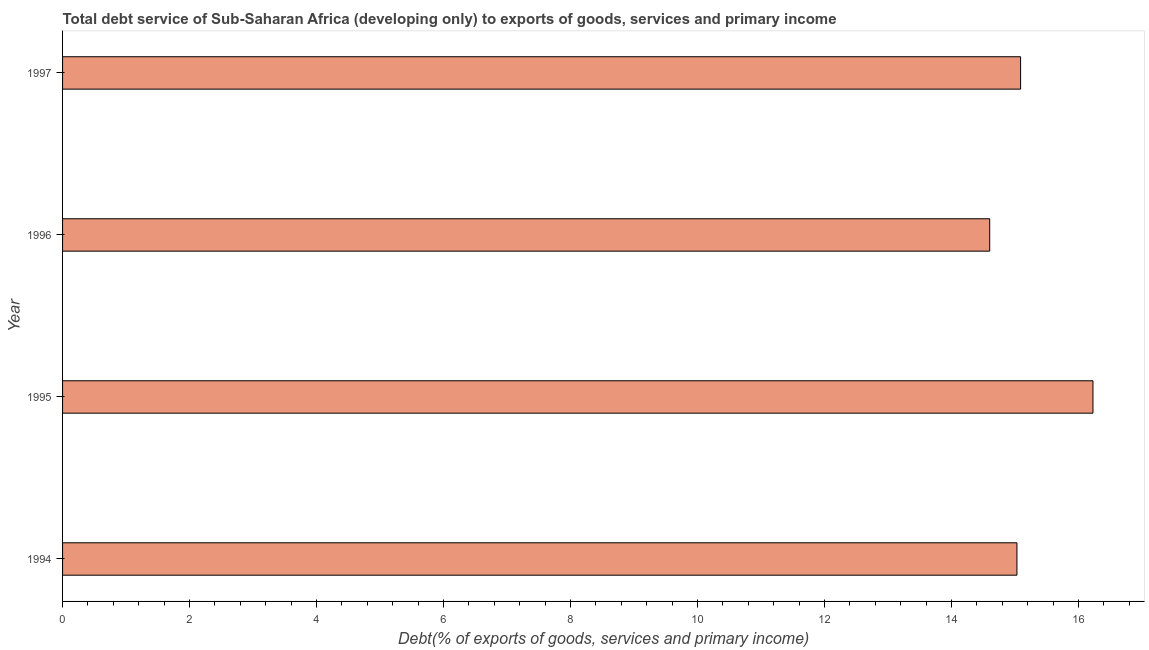
| Year | Total debt service |
 | --- | --- |
 | 1994 | 15 |
 | 1995 | 16.2 |
 | 1996 | 14.6 |
 | 1997 | 15.1 |